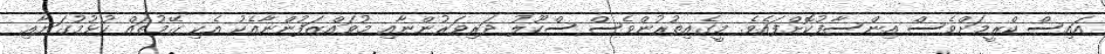
އައިސް ކްރީމަށްވެސް އިންސާފުކޮށްފައެވެ. މީގެއިތުރުންވެސް ސްކޫލު ދަރިވަރުންނާއި މުވައްޒަފުންނާއެކު އެކި ގޭމުތައް ކުޅުމުގަޔާއި